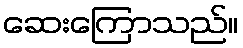
ဆေးကြောသည်။